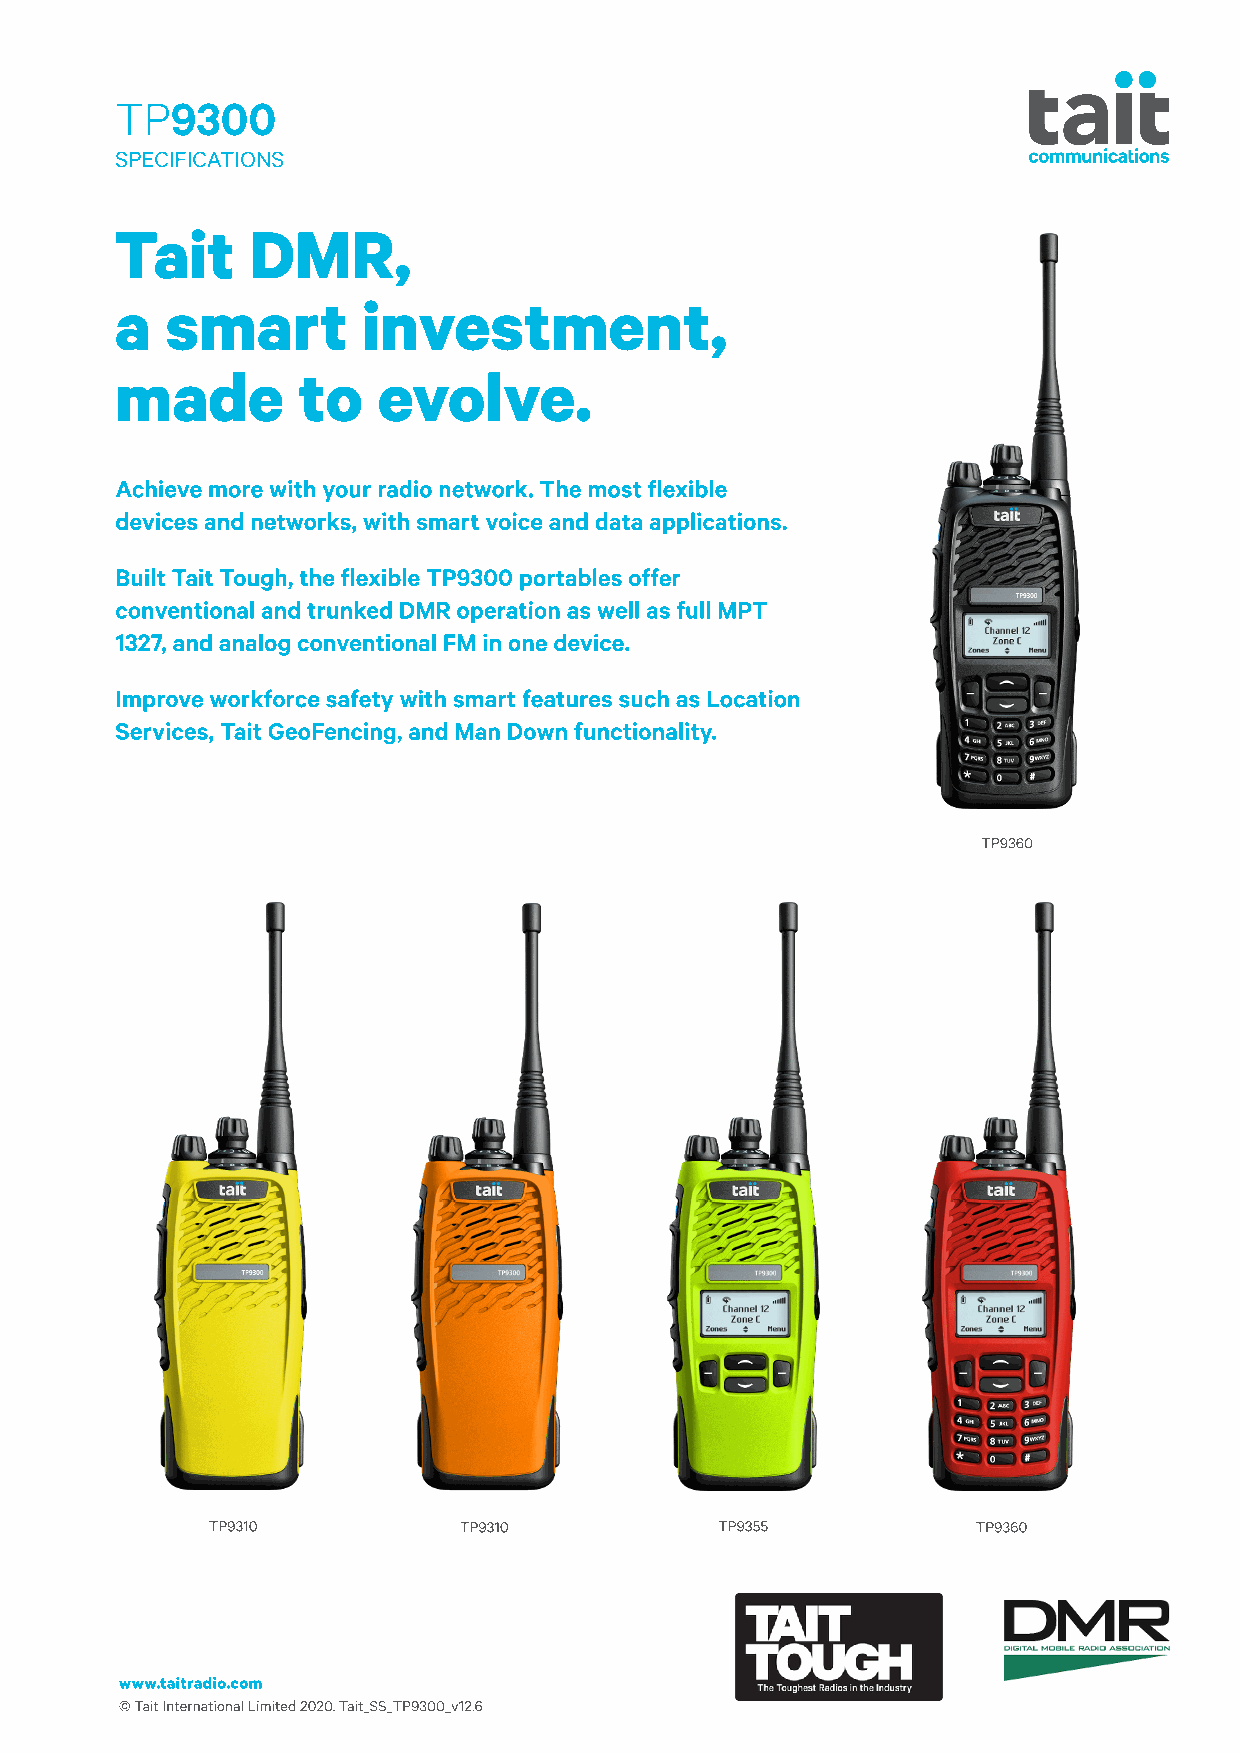
TP9300
 SPECIFICATIONS
 Tait    DMR,
 a  smart        investment,
 made        to   evolve.
 Achieve more with your radio network. The most flexible
 devices and networks, with smart voice and data applications.
 Built Tait Tough, the flexible TP9300 portables offer
 conventional and trunked DMR operation as well as full MPT
 1327, and analog conventional FM in one device.
 Improve workforce safety with smart features such as Location
 Services, Tait GeoFencing, and Man Down functionality.
 TP9360
 TP9310          TP9310            TP9355           TP9360
 www.taitradio.com
 © Tait International Limited 2020. Tait_SS_TP9300_v12.6